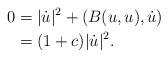
LaTeX: \begin{align*}0&=|\dot{u}|^2+(B(u,u),\dot{u})\\&=(1+c)|\dot{u}|^2.\end{align*}